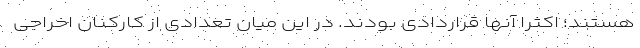
هستند؛ اکثرا آنها قراردادی بودند. در این میان تعدادی از کارکنان اخراجی